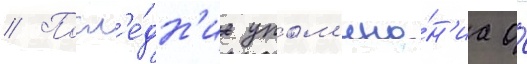
// Посл'е́дн'ие упом'ина́н'иа о́